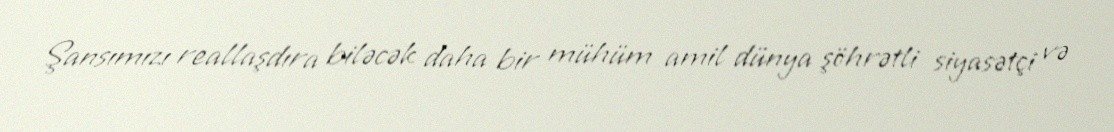
Şansımızı reallaşdıra biləcək daha bir mühüm amil dünya şöhrətli siyasətçi və